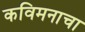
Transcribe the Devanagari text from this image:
कविमनाचा